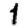
Digit: 1